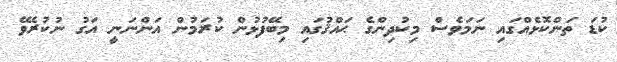
ކުޑަ ތަންކޮޅެއްގައި ނަމަވެސް މިކުދިންގެ ޙައްޤުގައި މިބޭފުޅުން ކުރަމުން އަންނަނީ އަގު ނުކުރެވޭ